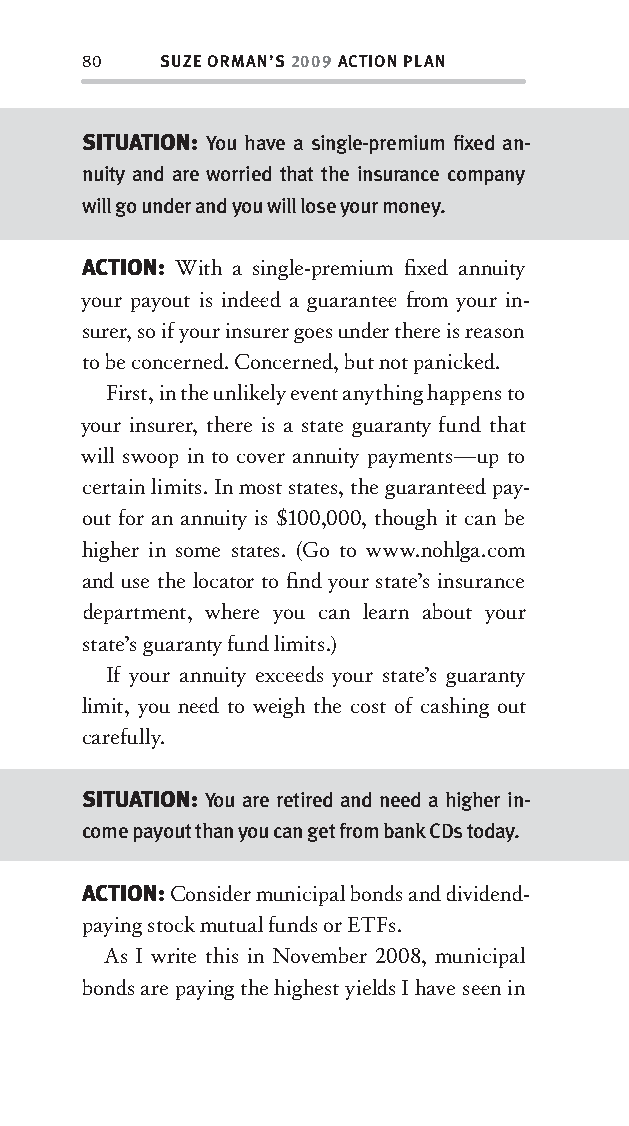
80   SUZE ORMAN’S 2009 ACTION PLAN
 SITUATION: You have a single-premium fi xed an-
 nuity and are worried that the insurance company
 will go under and you will lose your money.
 ACTION: With a single-premium fi xed annuity
 your payout is indee d a guarantee fr om your in-
 surer, so if your insurer goes under there is reason
 to be concerned. Concerned, but not panicked.
 First, in the unlikely event anything happens to
 your insurer, there is a state guaranty fund that
 will swoop in to cover annuity payments—up to
 certain limits. In most states, the guarantee d pay-
 out for an annuity is $100,000, though it can be
 higher in some states. (Go to www.nohlga.com
 and use the locator to fi nd your state’s insurance
 department, where you can learn about your
 state’s guaranty fund limits.)
 If your annuity excee ds your state’s guaranty
 limit, you nee d to weigh the cost of cashing out
 carefully.
 SITUATION: You are retired and need a higher in-
 come payout than you can get from bank CDs today.
 ACTION: Consider municipal bonds and dividend-
 paying stock mutual funds or ETFs.
 As I write this in November 2008, municipal
 bonds are paying the highest yields I have see n in
 OOrrmmaa__99778800338855553300993344__44pp__aallll__rr11..iinndddd 8800 1122//33//0088 99::3311::1144 AAMM